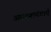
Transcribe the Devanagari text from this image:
आकशगंगाएँ